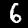
Label: 6